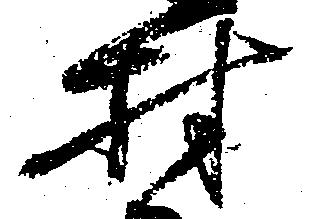
村